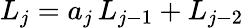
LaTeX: L_{j}=a_{j}\, L_{j-1}+L_{j-2}